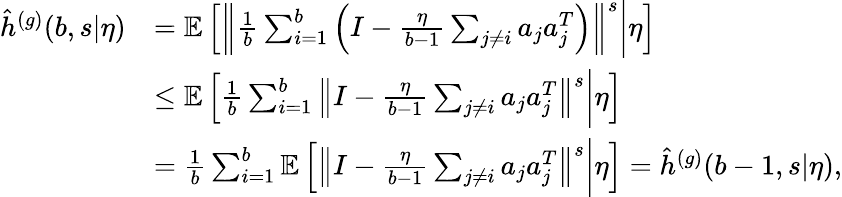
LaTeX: \begin{array}{rl}{\hat{h}^{(g)}(b,s|\eta)}&{=\mathbb{E}\left[\left\Vert\frac{1}{b}\sum_{i=1}^{b}\left(I-\frac{\eta}{b-1}\sum_{j\neq i}a_{j}a_{j}^{T}\right)\right\Vert^{s}\bigg|\eta\right]}\\ &{\leq\mathbb{E}\left[\frac{1}{b}\sum_{i=1}^{b}\left\Vert I-\frac{\eta}{b-1}\sum_{j\neq i}a_{j}a_{j}^{T}\right\Vert^{s}\bigg|\eta\right]}\\ &{=\frac{1}{b}\sum_{i=1}^{b}\mathbb{E}\left[\left\Vert I-\frac{\eta}{b-1}\sum_{j\neq i}a_{j}a_{j}^{T}\right\Vert^{s}\bigg|\eta\right]=\hat{h}^{(g)}(b-1,s|\eta),}\end{array}